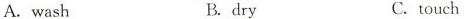
A. wash B.dry C.touch